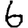
Digit: 6